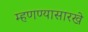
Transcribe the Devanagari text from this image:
म्हणण्यासारखे